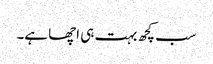
سب کچھ بہت ہی اچھا ہے۔